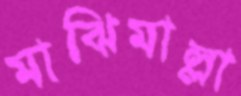
মাঝিমাল্লা